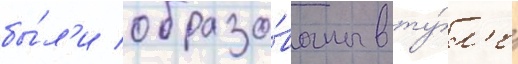
бы́л'и образо́ваны в ту́л'е